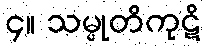
၄။ သမ္မုတိကုဋိ